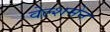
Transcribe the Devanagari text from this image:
वेल्शमेन